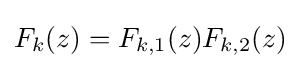
F_{k}(z)=F_{k,1}(z)F_{k,2}(z)